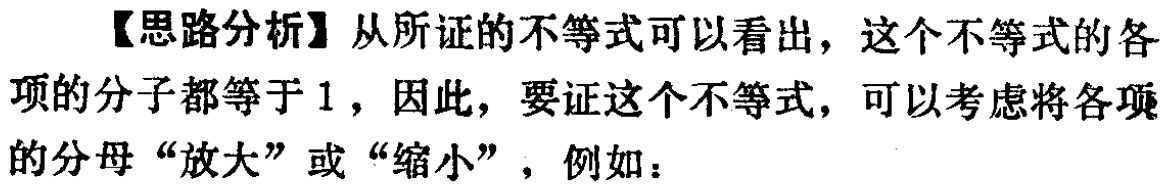
【思路分析】从所证的不等式可以看出，这个不等式的各项的分子都等于 1，因此，要证这个不等式，可以考虑将各项的分母“放大”或“缩小”，例如：